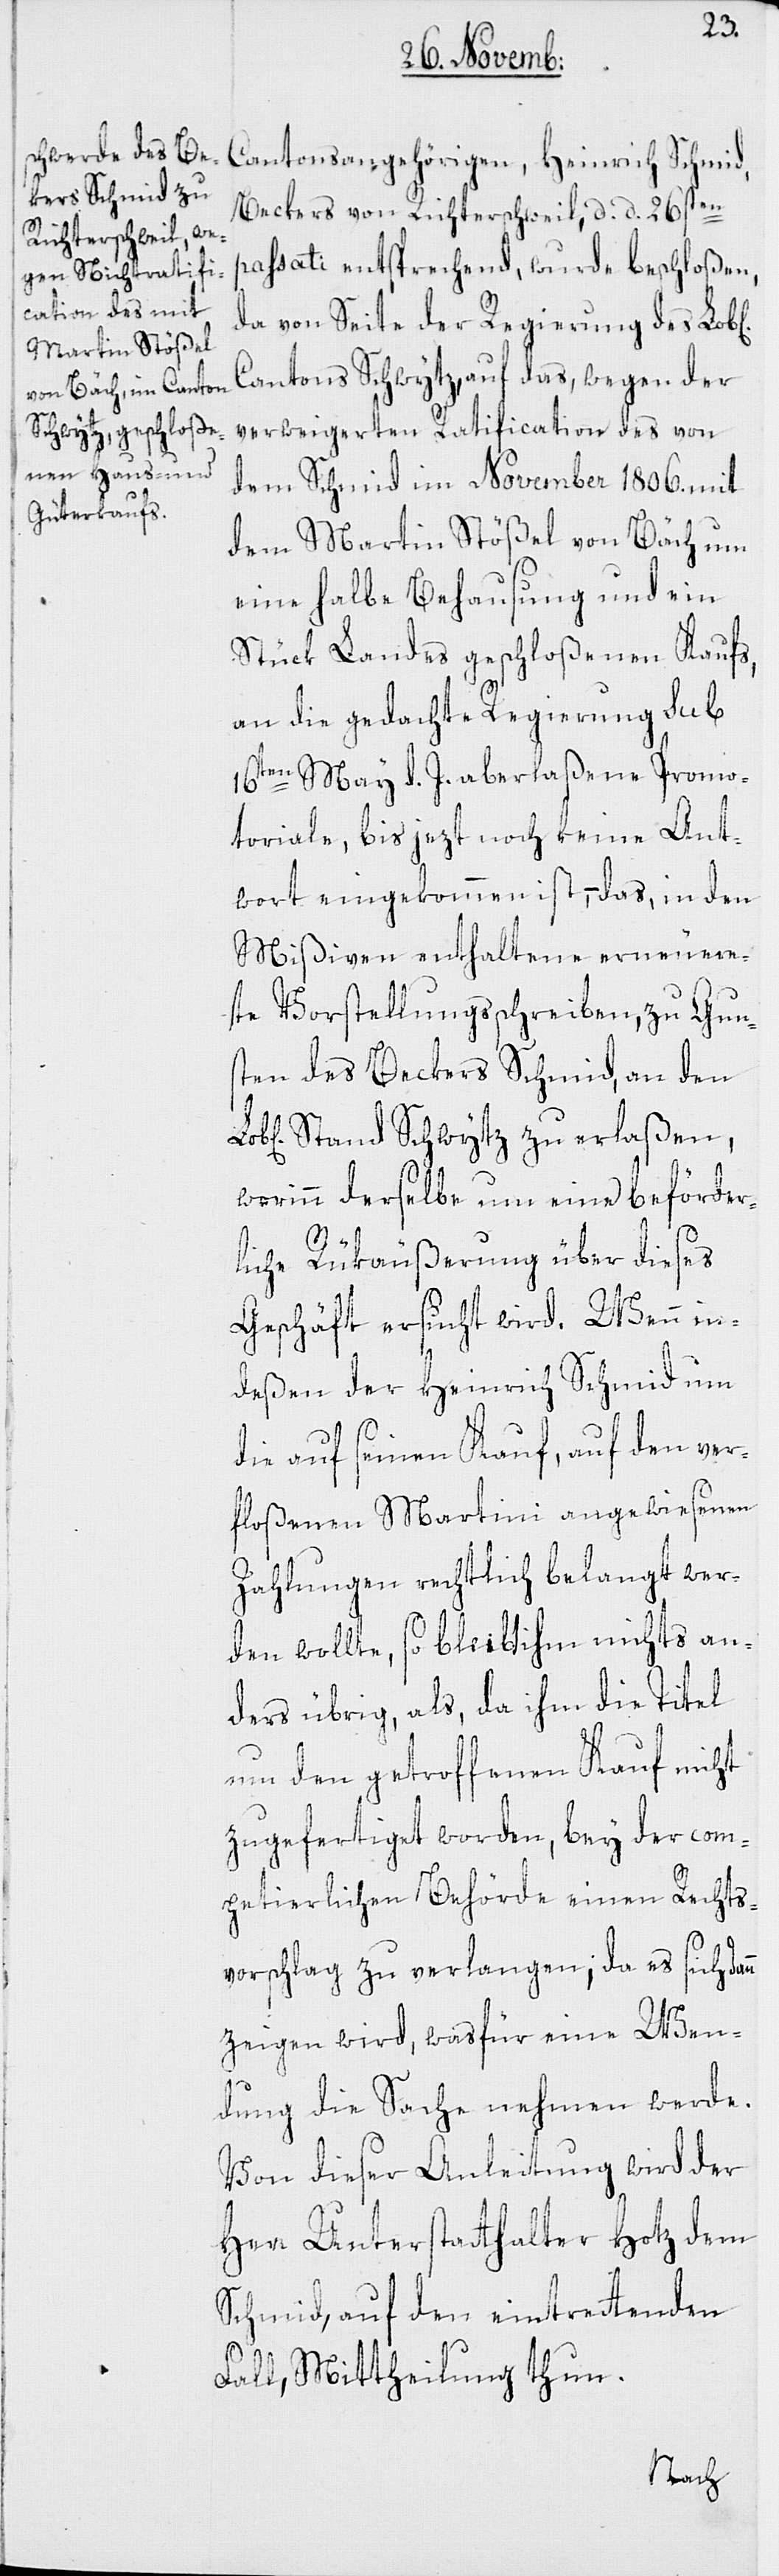
Beckers von Richterschweil, d. d. 26sten
passati entsprechend, wurde beschloßen,
da von Seite der Regierung des Lob[l¬
Cantons Schwytz, auf das, wegen der
verweigerten Ratification des von
dem Schmid im November 1806. mit
dem Martin Stößel von Bäch um
eine halbe Behausung und ein
Stück Landes geschloßenen Kaufs,
an die gedachte Regierung sub
16ten May d. J. aberlaßene Promo¬
toriale, bis jezt noch keine Ant¬
wort eingekommen ist, das in den
Mißiven enthaltene erneuer¬
te Vorstellungsschreiben, zu Gun¬
sten des Beckers Schmid, an den
Stand Schwytz zu erlaßen,
worinn derselbe um eine beförder¬
liche Rükäußerung über dieses
Geschäft ersucht wird. Wenn in¬
deßen der Heinrich Schmid um
die auf seinen Kauf, auf den ver¬
floßenen Martini angewiesenen
Zahlungen rechtlich belangt wer¬
den wollte, so bleibt ihm nichts an¬
deres übrig, als, da ihm die Titel
um den getroffenen Kauf nicht
zugefertiget worden, bey der com¬
petierlichen Behörde einen Rechts¬
vorschlag zu verlangen; da es sich dan¬
zeigen wird, was für eine Wen¬
dung die Sache nehmen werde.
Von dießer Anleitung wird der
Herr Unterstatthalter Hotz dem
Schmid, auf den eintrettenden
n
Fall, Mittheilung thun.
ichen]